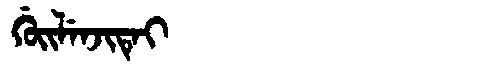
Manchu: ᡤᡠᡳᠯᡝᠨᠵᡳᡨᡝᡳ
Romanization: GUILENJITEI